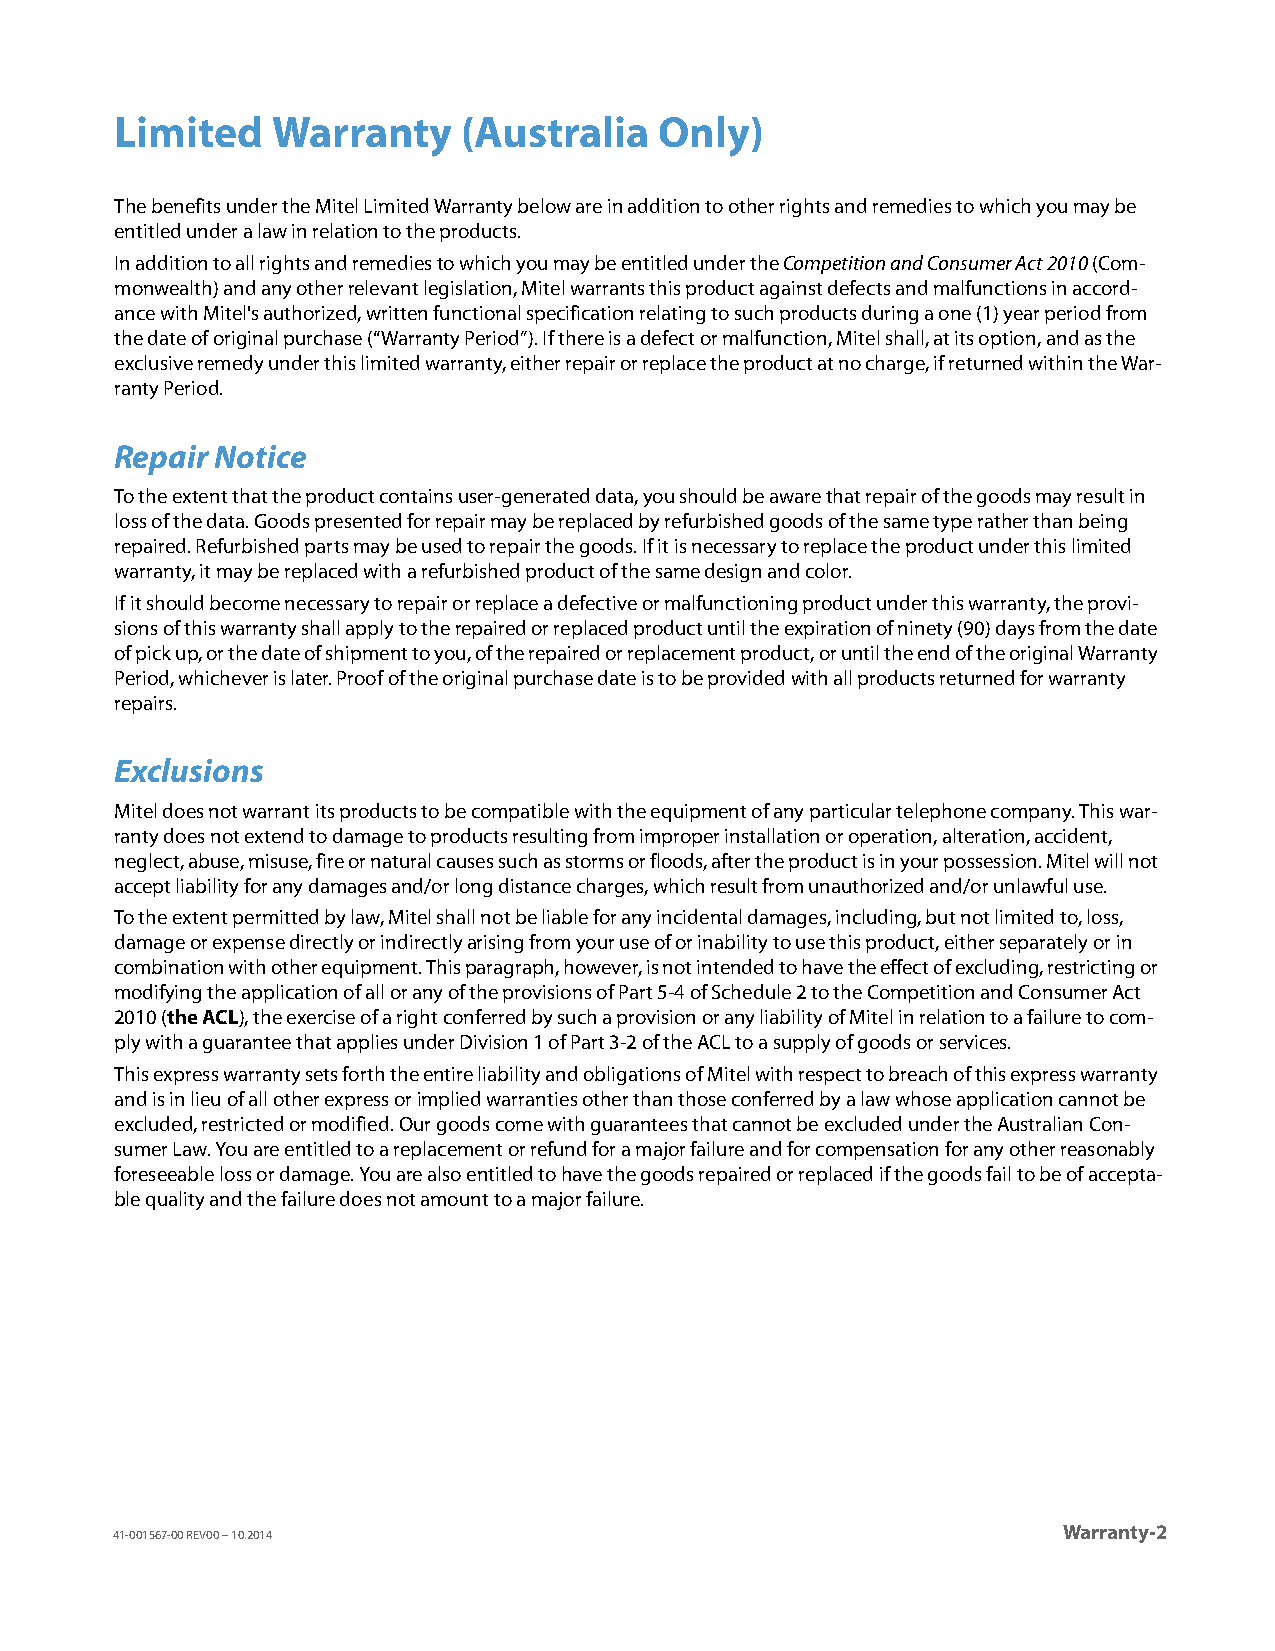
Limited   Warranty     (Australia   Only)
 The benefits under the Mitel Limited Warranty below are in addition to other rights and remedies to which you may be
 entitled under a law in relation to the products.
 In addition to all rights and remedies to which you may be entitled under the Competition and Consumer Act 2010 (Com-
 monwealth) and any other relevant legislation, Mitel warrants this product against defects and malfunctions in accord-
 ance with Mitel's authorized, written functional specification relating to such products during a one (1) year period from
 the date of original purchase (“Warranty Period”). If there is a defect or malfunction, Mitel shall, at its option, and as the
 exclusive remedy under this limited warranty, either repair or replace the product at no charge, if returned within the War-
 ranty Period.
 Repair Notice
 To the extent that the product contains user-generated data, you should be aware that repair of the goods may result in
 loss of the data. Goods presented for repair may be replaced by refurbished goods of the same type rather than being
 repaired. Refurbished parts may be used to repair the goods. If it is necessary to replace the product under this limited
 warranty, it may be replaced with a refurbished product of the same design and color.
 If it should become necessary to repair or replace a defective or malfunctioning product under this warranty, the provi-
 sions of this warranty shall apply to the repaired or replaced product until the expiration of ninety (90) days from the date
 of pick up, or the date of shipment to you, of the repaired or replacement product, or until the end of the original Warranty
 Period, whichever is later. Proof of the original purchase date is to be provided with all products returned for warranty
 repairs.
 Exclusions
 Mitel does not warrant its products to be compatible with the equipment of any particular telephone company. This war-
 ranty does not extend to damage to products resulting from improper installation or operation, alteration, accident,
 neglect, abuse, misuse, fire or natural causes such as storms or floods, after the product is in your possession. Mitel will not
 accept liability for any damages and/or long distance charges, which result from unauthorized and/or unlawful use.
 To the extent permitted by law, Mitel shall not be liable for any incidental damages, including, but not limited to, loss,
 damage or expense directly or indirectly arising from your use of or inability to use this product, either separately or in
 combination with other equipment. This paragraph, however, is not intended to have the effect of excluding, restricting or
 modifying the application of all or any of the provisions of Part 5-4 of Schedule 2 to the Competition and Consumer Act
 2010 (the ACL), the exercise of a right conferred by such a provision or any liability of Mitel in relation to a failure to com-
 ply with a guarantee that applies under Division 1 of Part 3-2 of the ACL to a supply of goods or services.
 This express warranty sets forth the entire liability and obligations of Mitel with respect to breach of this express warranty
 and is in lieu of all other express or implied warranties other than those conferred by a law whose application cannot be
 excluded, restricted or modified. Our goods come with guarantees that cannot be excluded under the Australian Con-
 sumer Law. You are entitled to a replacement or refund for a major failure and for compensation for any other reasonably
 foreseeable loss or damage. You are also entitled to have the goods repaired or replaced if the goods fail to be of accepta-
 ble quality and the failure does not amount to a major failure.
 Warranty-2
 41-001567-00 REV00 – 10.2014